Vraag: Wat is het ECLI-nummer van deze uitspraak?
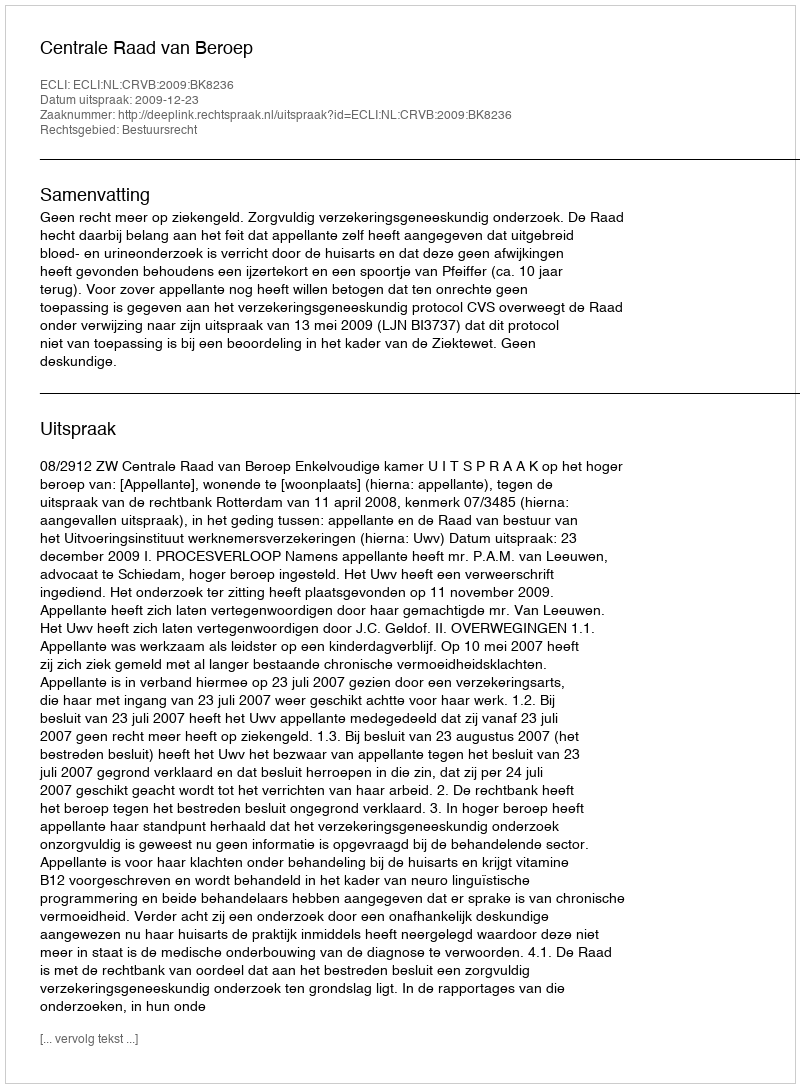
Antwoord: ECLI:NL:CRVB:2009:BK8236